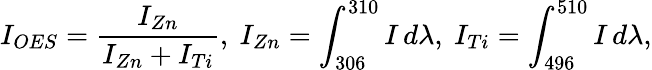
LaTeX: I_{OES}=\frac{I_{Zn}}{I_{Zn}+I_{Ti}},\ I_{Zn}=\int_{306}^{310}I\, d\lambda,\ I_{Ti}=\int_{496}^{510}I\, d\lambda,